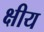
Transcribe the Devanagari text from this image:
क्षीय